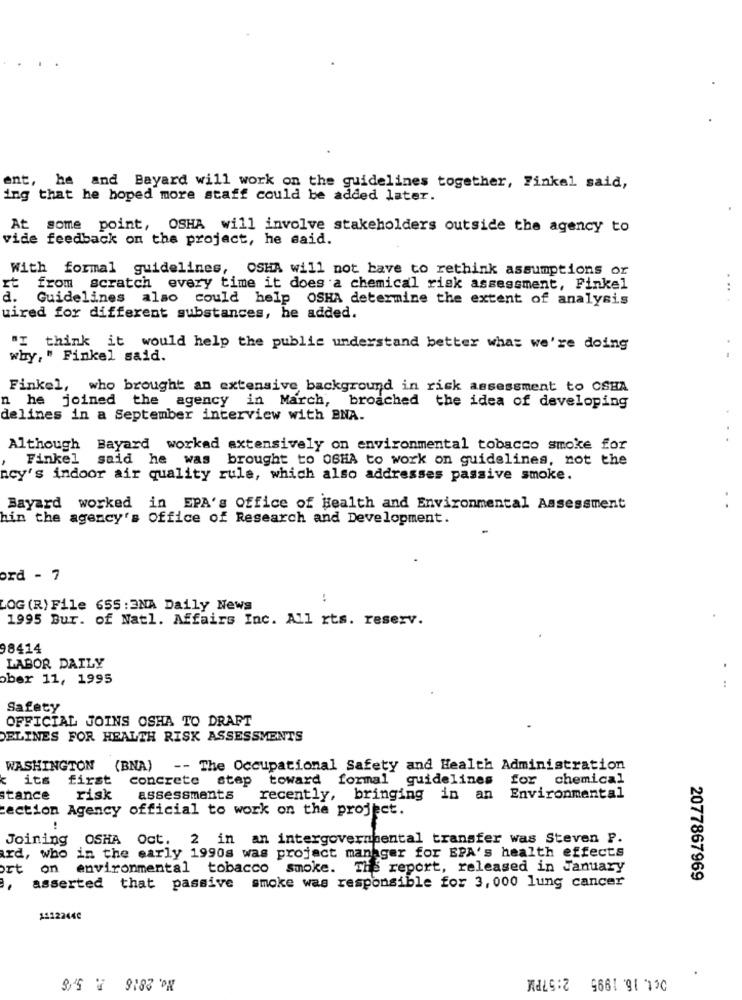
ent, he and Bayard will work on the guidelines together, Finkel said,
ing that he hoped more staff could be added later.
At some point, OSHA will involve stakeholders outside the agency to
vide feedback on the project, he said.
With formal guidelines, OSHA will not have to rethink assumptions or
rt
from scratch every time it does a chemical risk assessment, Finkel
a.
Guidelines also could help OSHA determine the extent of analysis
uired for different substances, he added.
"I think it would help the public understand better what we're doing
why, " Finkel said.
Finkel, who brought an extensive background in risk assessment to CSHA
n he joined the agency in March, broached the idea of developing
delines in a September interview with BNA.
Although
Bayard worked extensively on environmental tobacco smoke for
Finkel
said he was brought to OSHA to work on guidelines, not the
acy's indoor air quality rule, which also addresses passive smoke.
Bayard worked in EPA's Office of Health and Environmental Assessment
hin the agency's office of Research and Development.
ord - 7
:
LOG (R) File 655 : 3NA Daily News
1995 Bur. of Natl. Affairs Inc. All rts. reserv.
98414
LABOR DAILY
ober 11, 1995
Safety
OFFICIAL JOINS OSHA TO DRAFT
DELINES FOR HEALTH RISK ASSESSMENTS
WASHINGTON (BNA) -- The Occupational Safety and Health Administration
its
first
concrete step toward formal guidelines
for chemical
stance
risk
assessments
recently,
bringing in an
Environmental
tection Agency official to work on the project.
Joining
OSHA Oct. 2 in an intergovernmental transfer was Steven P.
ard, who in the early 1990s was project manager for EPA's health effects
ort on
environmental tobacco smoke.
The report, released in January
asserted that passive smoke was responsible for 3, 000 lung cancer
2077867969
11122440
Det. 16. 1995 2:57PM